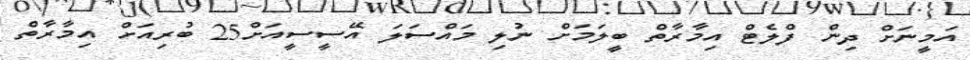
އަމީނަށް ދިން ފްލެޓް އިމާރާތް ބީލަމަށް ނުލި މައްސަލަ އޭސީސީއަށް25 ބުރިއަށް އިމާރާތް